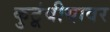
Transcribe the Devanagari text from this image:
कुटूंबीयावर